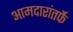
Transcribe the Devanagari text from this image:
आमदारांतर्फे